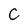
Character: c